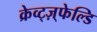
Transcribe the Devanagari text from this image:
क्रेव्ट्ज़्फेल्डि